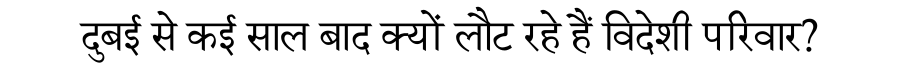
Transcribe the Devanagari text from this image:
दुबई से कई साल बाद क्यों लौट रहे हैं विदेशी परिवार?